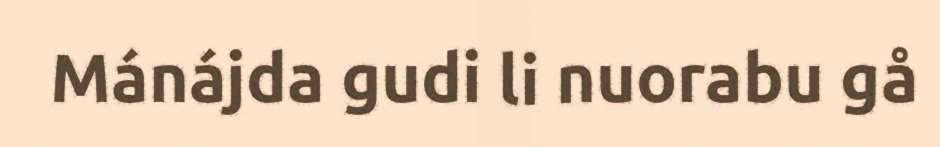
Mánájda gudi li nuorabu gå